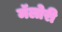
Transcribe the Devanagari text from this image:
मॅलोरी